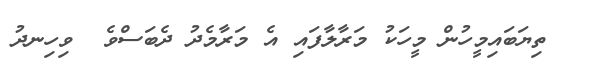
ތިޔަބައިމީހުން މީހަކު މަރާލާފައި އެ މަރާމެދު ދެބަސްވެ  ވިހިނދު